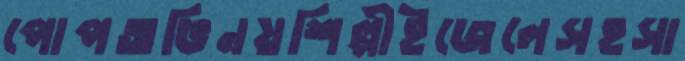
পোপঅভিনয়শিল্পীইজেলেসহসা